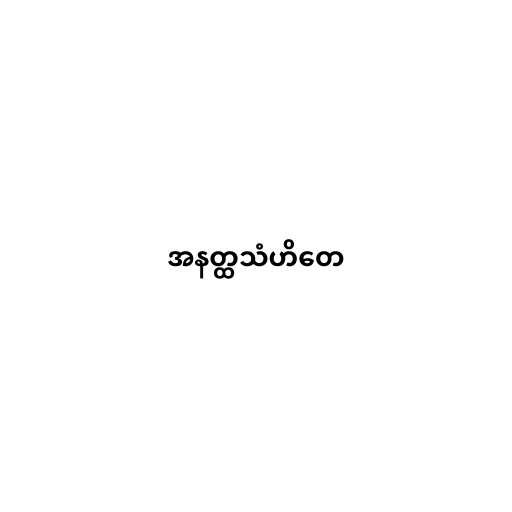
အနတ္ထသံဟိတေ